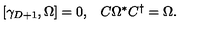
\begin{array} { c c } { [ \gamma _ { D + 1 } , \Omega ] = 0 , } & { C \Omega ^ { \ast } C ^ { \dagger } = \Omega . } \\ \end{array}